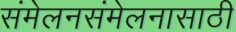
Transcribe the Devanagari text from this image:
संमेलनसंमेलनासाठी